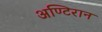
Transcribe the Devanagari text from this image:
अण्टिरान